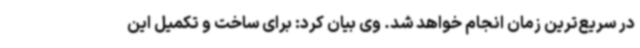
در سریع‌ترین زمان انجام خواهد شد. وی بیان کرد: برای ساخت و تکمیل این